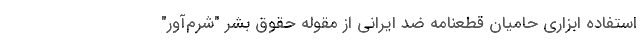
استفاده ابزاری حامیان قطعنامه ضد ایرانی از مقوله حقوق بشر "شرم‌آور"